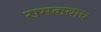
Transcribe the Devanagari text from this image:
रामकथाच